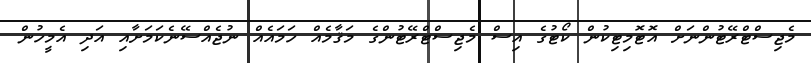
މެޖިސްޓްރޭޓުންނަށް އޮޓޮމިޓިކުން ކޯޓުގެ އިސް މެޖިސްޓްރޭޓުންގެ މަޤާމެއް ހަމައެއް ނުޖެއްސޭނެކަމަށާއި އަދި އެމީހުން